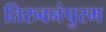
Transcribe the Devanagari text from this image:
तिरुवनंपुरम